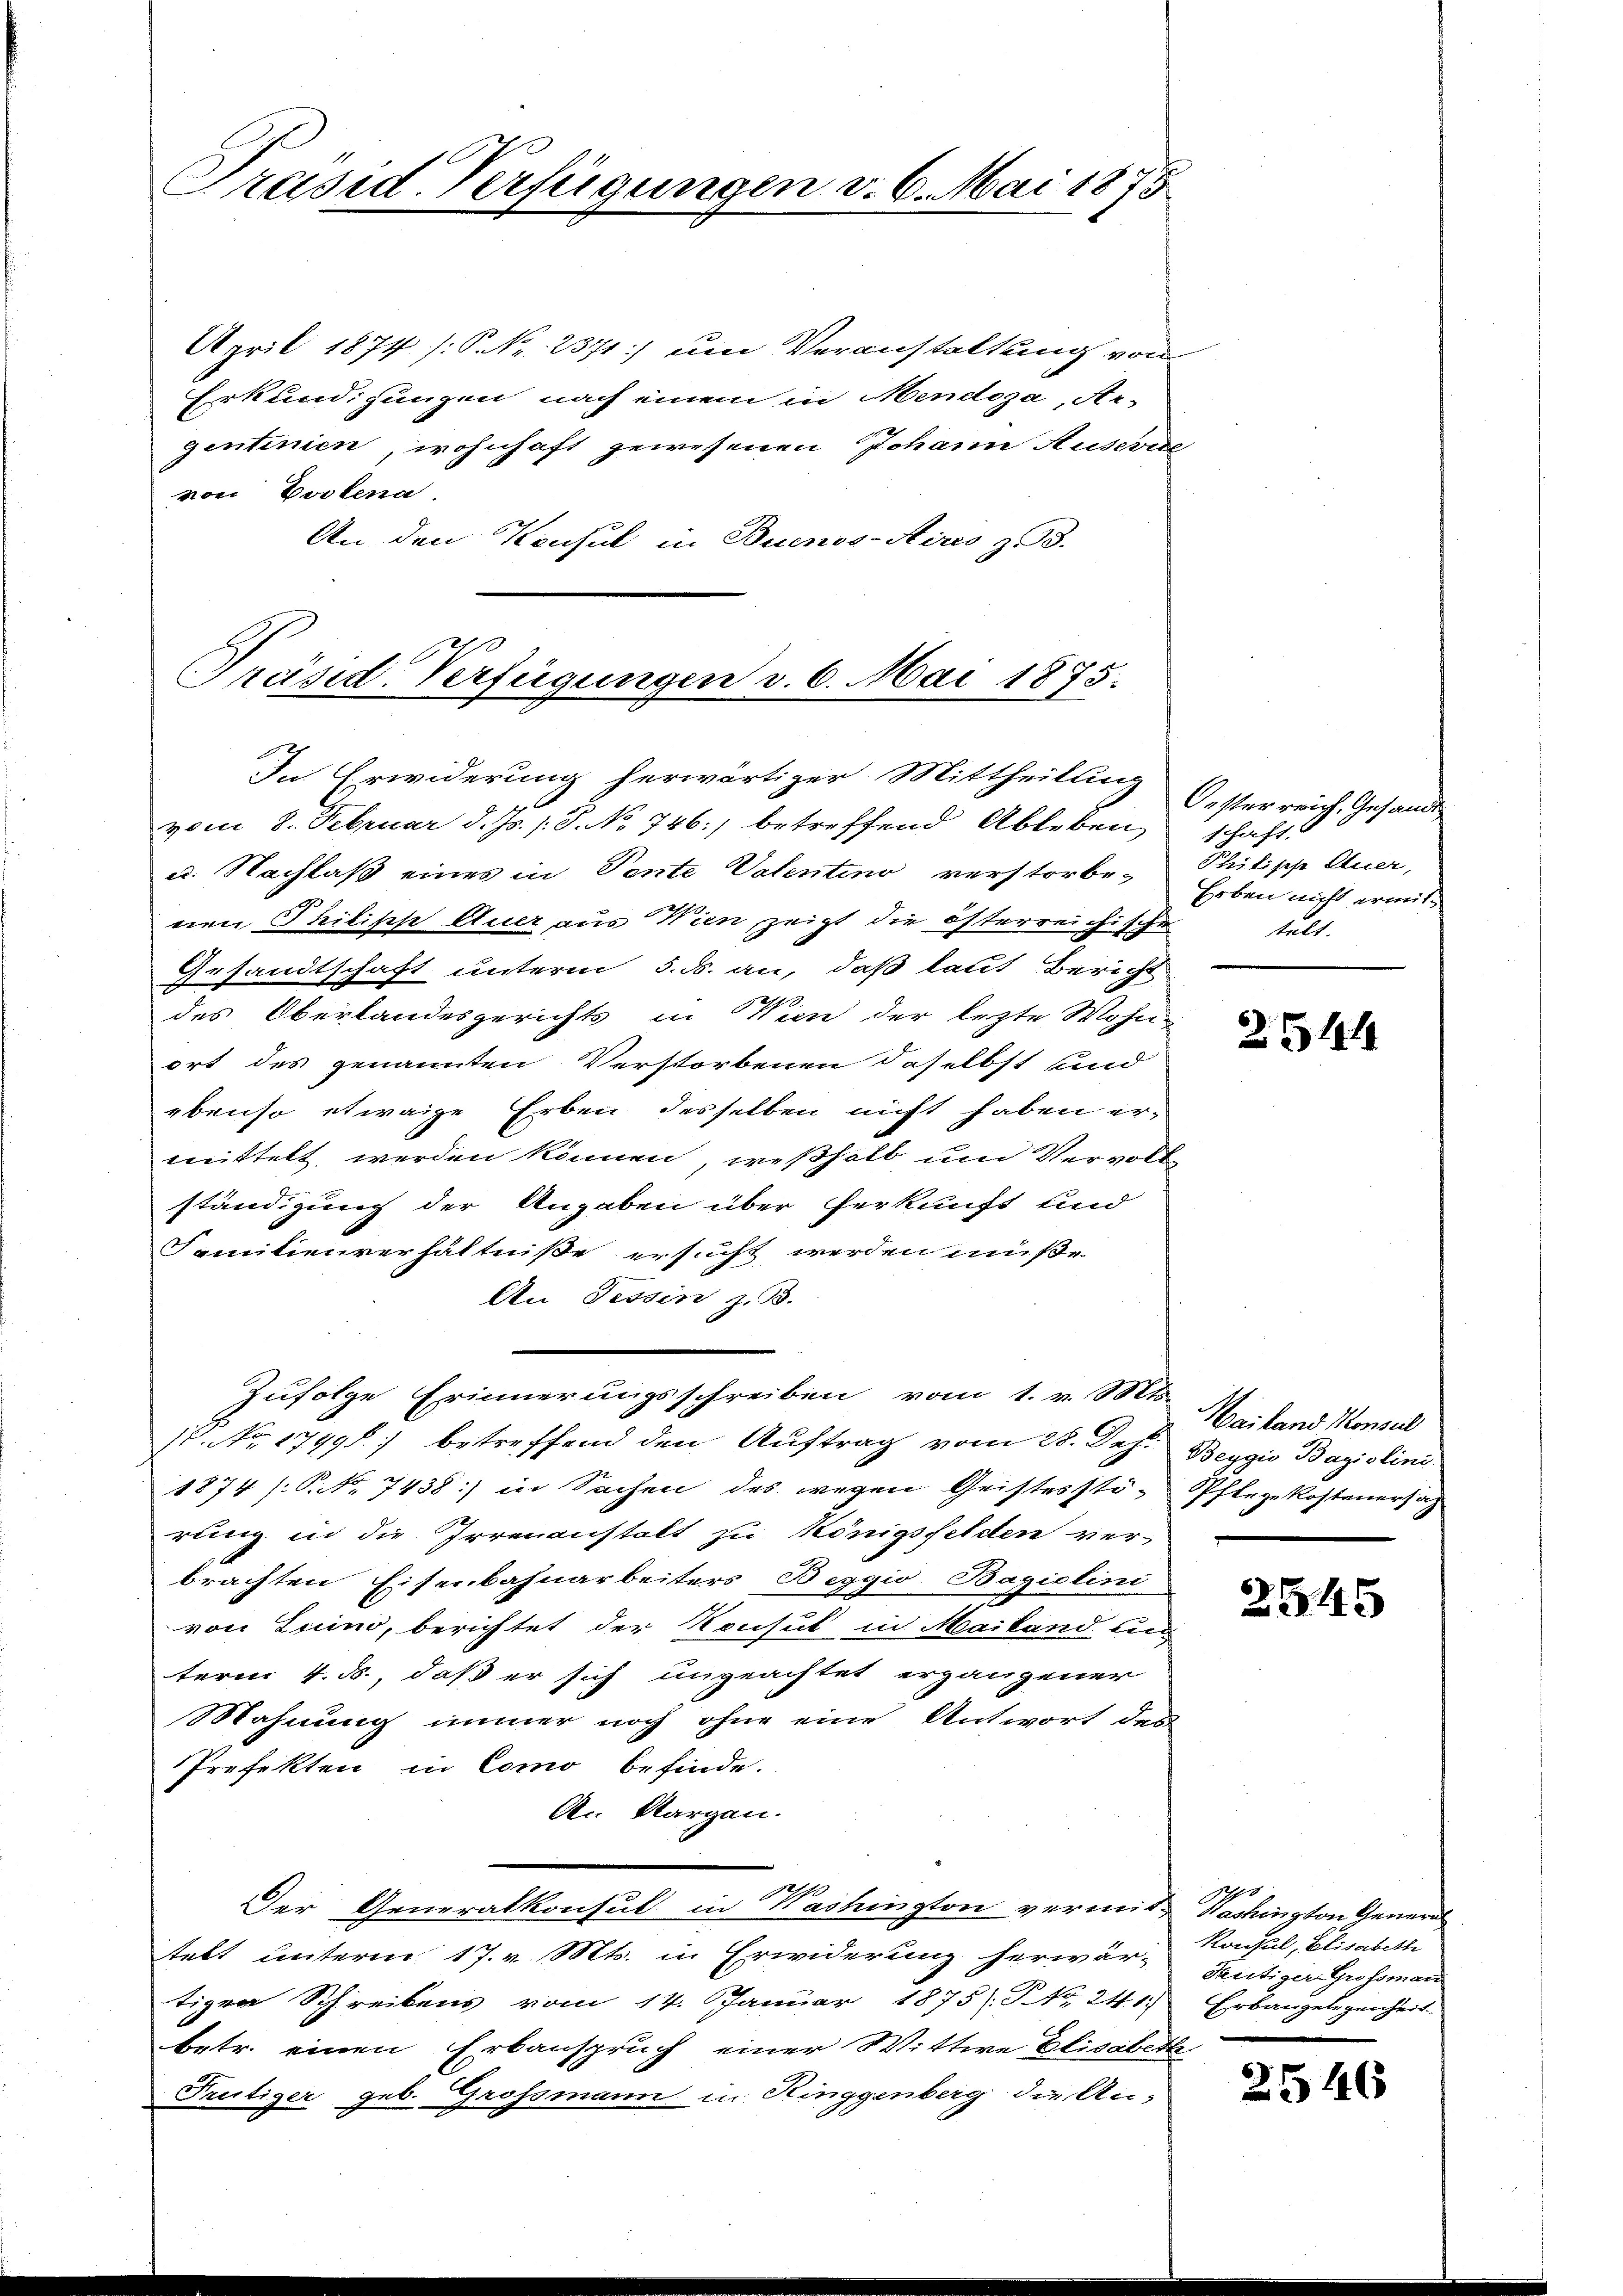
Präsid-Verfügungen v. 6. Mai 1875

April 1874 /: P. Nr. 2371) um Veranstaltung von
Erkundigungen nach einem in Mendoza, Ar-
gentinien, wohnhaft gewesenen Johann Ausevere
von Postena
An den Konsul in Buenos-Aires z.

Präsid. Verfügungen v. 6. Mai 1875.
In Erwiderung herwärtiger Mittheilung

vom 8. Februar d. Js. s. S. No 746. betreffend Ableben,
u. Nachlaß eines in Pente Valentino verstorbe-
nen Philipp Auer aus Wien zeigt die österreichischen
Gesandtschaft unterm 5. d. an, daß laut Bericht
des Oberlandesgerichts in Wien der lezte Wohnort des genannten Verstorbenen daselbst unnd
ebenso etwaige Erben desselben nicht haben ermittelt werden können, weßhalb und Vervoll
ständigung der Angaben über herkunft und
Familienverhältniße ersucht werden müße
An Tessin z. B.
(. No 1749) betreffend den Auftrag vom 28. Dez. Beygio Bazislini
1874 /: P. Nr. 7438) in Sachen des wegen Geistesstö- Pflegekosteuersag
rung in die Irrenanstalt zu Königsfelden ver-
brachten Eisenbahnarbeiters Beggio Bagiolini
von Luino, berichtet der Konsul in Mailand un
term 4. ds., daß er sich ungeachtet ergangener
Mahnung immer noch ohne eine Antwort des
Prefekten in Como befinde.
A. Margau.
1
Der Generalkonsul in Washington vermit-Washington General
stelt unterm 17. v. Mts. in Erwiderung herwär-
tigen Schreibens vom 14. Januar 1875/ NNo. 241. Erbaugelegenheit.
betr. einen Erbanspruch einer Wittwe Elisabeth
Trütiger geb. Grossmann in Ringgenberg die An-

Zufolge Erinnerungsschreiben vom 1. v. Mts.

Oesterreich, Gesandt
schaft.
Philische Auer,
Erben nicht ermittelt.

2514

Wailand Konsul

2545

Nyo
Konsul, Elisabethe
Teütiger Grossman

2546